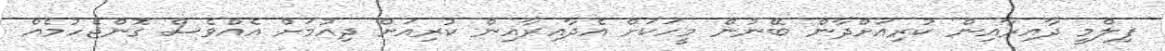
ފިލްމީ ދާއިރާއިން ކުރިއަށްދާން ބޭނުން މީހަކަށް އެދާއިރާއިން ކުރިއަށް ދިއުމަށް އެއްވެސް ގޮންޖެހުމެއް